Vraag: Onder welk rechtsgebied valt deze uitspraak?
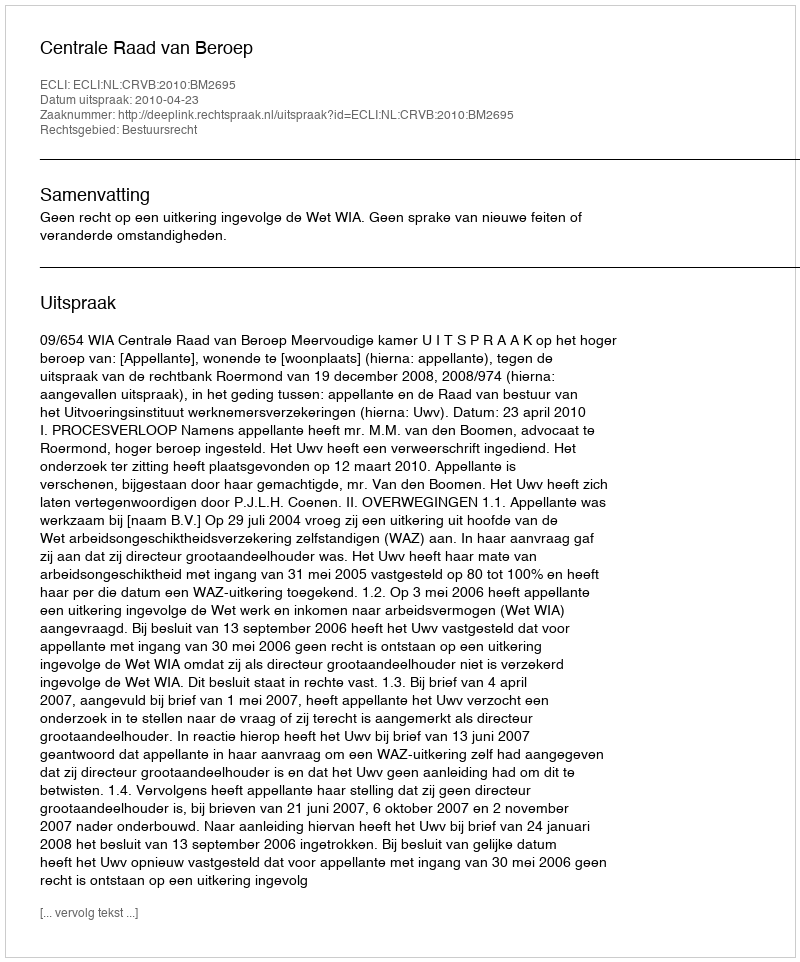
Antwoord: Bestuursrecht